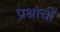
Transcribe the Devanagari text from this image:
प्रश्नांचीं